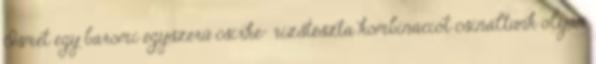
Ismét egy baromi egyszerű csirke- rizstészta kombinációt csináltunk olyan